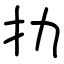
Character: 扐